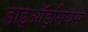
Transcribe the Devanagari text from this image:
डाइऑइसियस